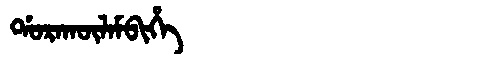
Manchu: ᡩᠣᡵᠠᡴᡡᠯᠠᠮᠪᡳᡥᡝ
Romanization: DORAKŪLAMBIHE